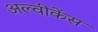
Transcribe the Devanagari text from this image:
अल्वीकेंस